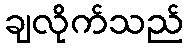
ချလိုက်သည်